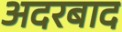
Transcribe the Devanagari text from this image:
अदरबाद